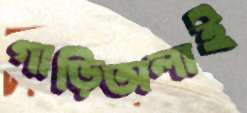
গাড়িঅলাই